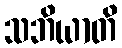
သဘိယာတိ